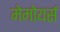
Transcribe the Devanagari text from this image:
मेमोयर्स